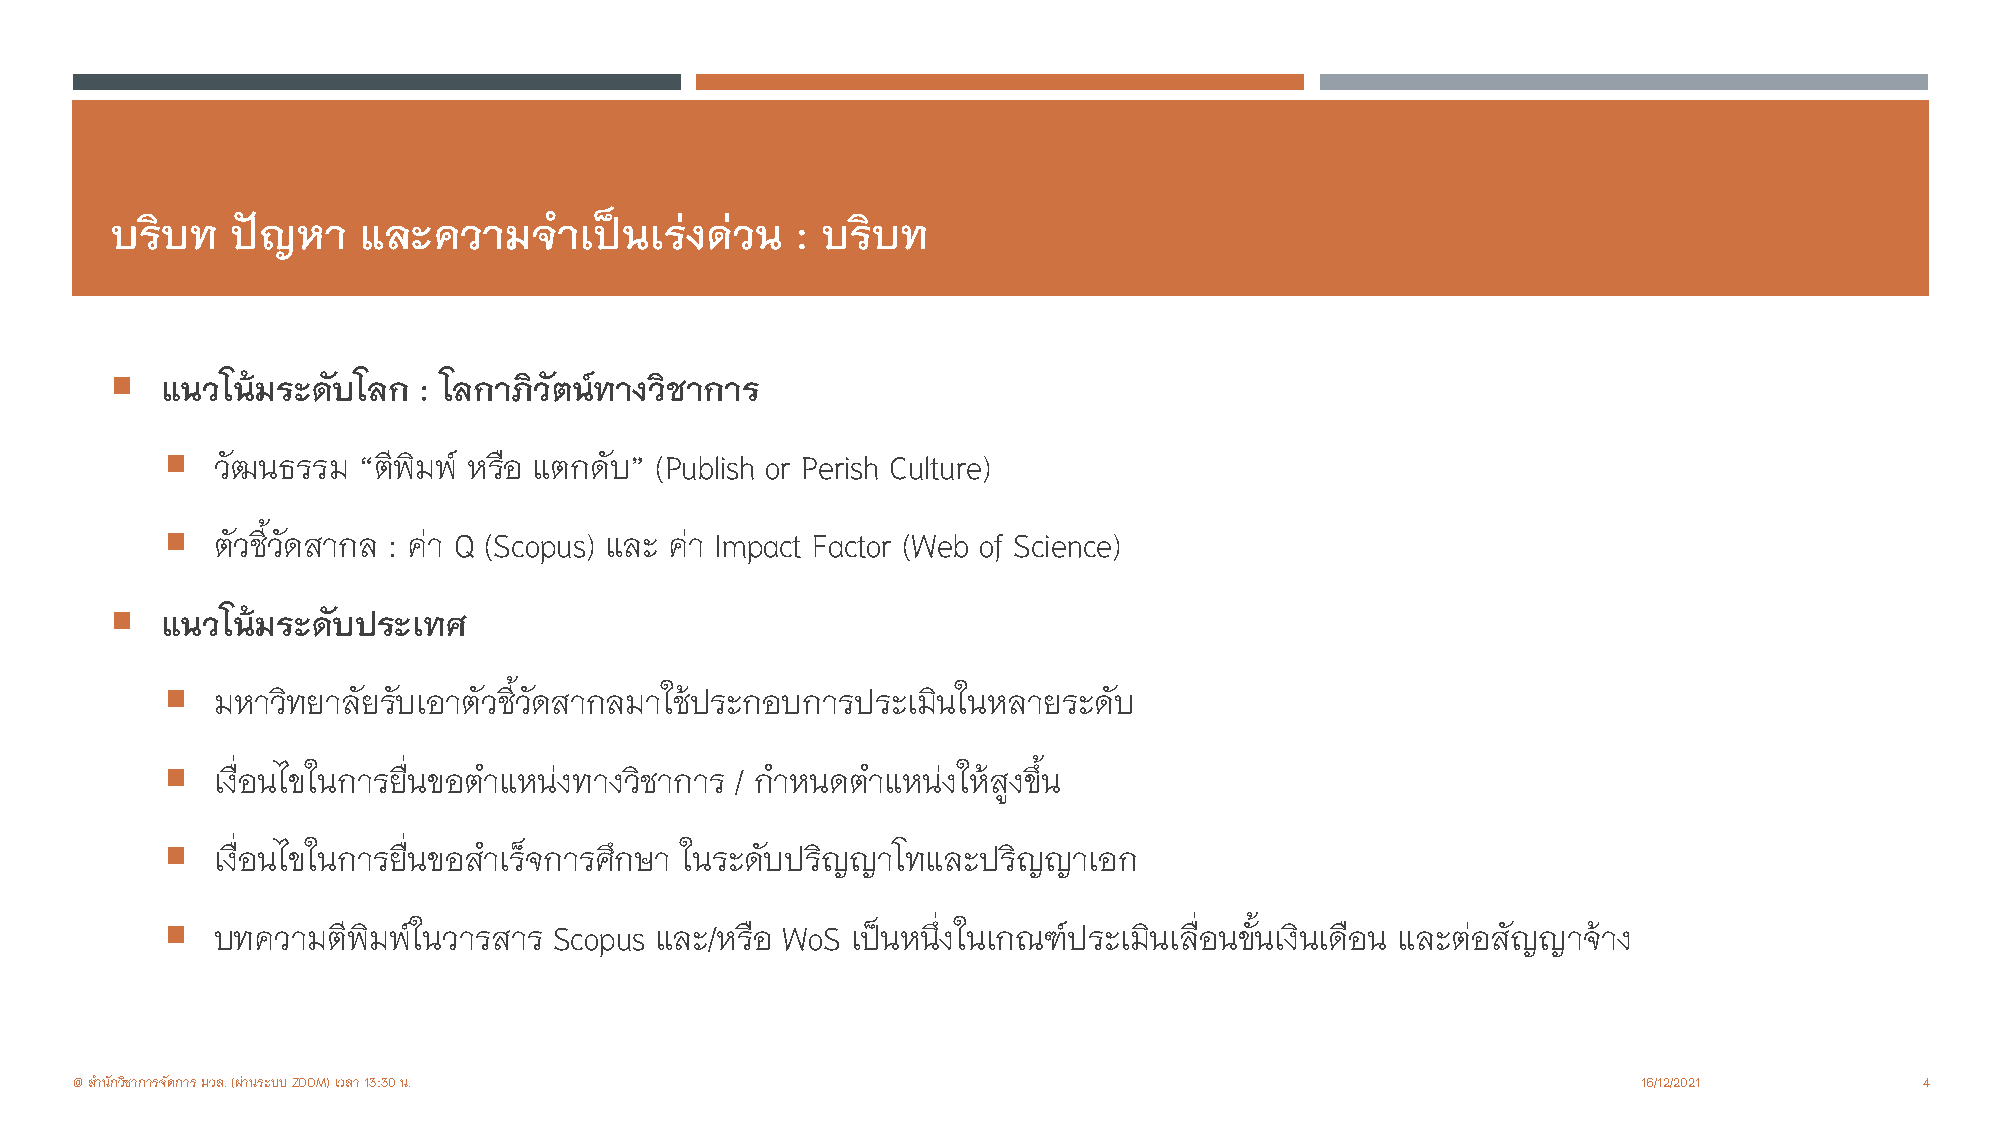
บริบท   ปญหา    และความจําเปนเรงดวน       : บริบท
 
 แนวโนมระดับโลก  : โลกาภิวัตนทางวิชาการ
 
 วัฒนธรรม  “ตีพิมพ หรือ แตกดับ” (Publish or Perish Culture)
 
 ตัวชี้วัดสากล : คา Q (Scopus) และ คา Impact Factor (Web of Science)
 
 แนวโนมระดับประเทศ
 
 มหาวิทยาลัยรบั เอาตัวชี้วัดสากลมาใชประกอบการประเมินในหลายระดบั
 
 เงื่อนไขในการยื่นขอตําแหนงทางวิชาการ / กําหนดตําแหนงใหสูงขึ้น
 
 เงื่อนไขในการยื่นขอสําเร็จการศึกษา ในระดับปริญญาโทและปริญญาเอก
 
 บทความตีพิมพในวารสาร  Scopus และ/หรือ WoS เปนหนึ่งในเกณฑประเมินเลื่อนข้ันเงินเดือน และตอสัญญาจาง
 @ สํานักวิชาการจัดการ มวล. (ผานระบบ ZOOM) เวลา 13:30 น.                                                16/12/2021        4